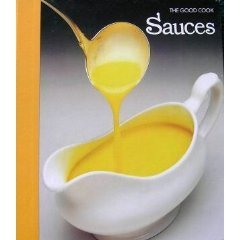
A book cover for Sauces (The Good Cook Techniques & Recipes); Cookbooks, Food & Wine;